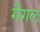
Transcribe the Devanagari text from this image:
गैगल